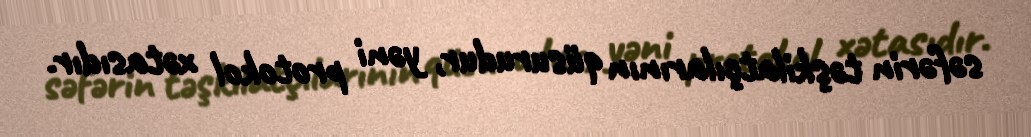
səfərin təşkilatçılarının qüsurudur, yəni protokol xətasıdır.